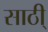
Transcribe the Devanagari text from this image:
साठी्